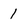
Character: 1